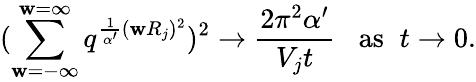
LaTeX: (\sum_{\mathbf{w}=-\infty}^{\mathbf{w}=\infty}q^{\frac{{1}}{{\alpha^{\prime}}}(\mathbf{w}R_{j})^{2}})^{2}\rightarrow\frac{{2\pi^{2}\alpha^{\prime}}}{{V_{j}t}}\; \; \; \mathrm{{as}}\; \; t\rightarrow0.